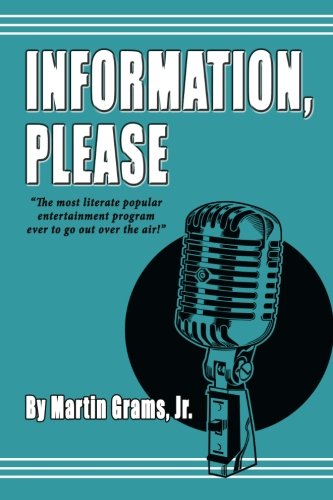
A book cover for Information Please; Martin Grams Jr.; Humor & Entertainment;